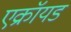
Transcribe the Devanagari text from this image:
एक्रॉयड